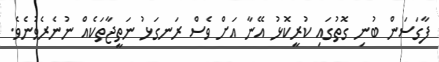
ފާގަސަން ބުނި ގޮތުގައި ކުރީކޮޅު އޭނާ އަށް ވެސް ރަނގަޅު ނަތީޖާތަކެއް ނުނެރެވުނެވެ.